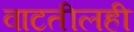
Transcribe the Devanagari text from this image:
वाटतीलही